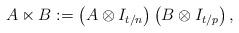
LaTeX: \begin{align*} A\ltimes B:=\left(A\otimes I_{t/n}\right)\left(B\otimes I_{t/p}\right),\end{align*}